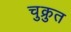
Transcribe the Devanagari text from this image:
चुक्रुत